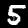
Digit: 5